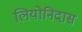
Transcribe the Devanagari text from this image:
लियोनिदास